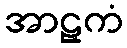
အာဠှကံ